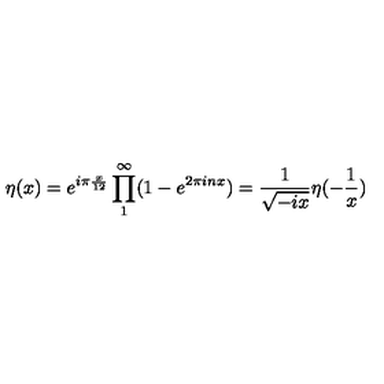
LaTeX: \eta ( x ) = e ^ { i \pi \frac { x } { 1 2 } } \prod _ { 1 } ^ { \infty } ( 1 - e ^ { 2 \pi i n x } ) = \frac { 1 } { \sqrt { - i x } } \eta ( - \frac { 1 } { x } )